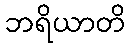
ဘရိယာတိ